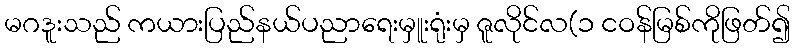
မဂဒူးသည် ကယားပြည်နယ်ပညာရေးမှူးရုံးမှ ဇူလိုင်လ(၁ ငဝန်မြစ်ကိုဖြတ်၍